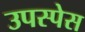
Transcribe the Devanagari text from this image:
उपस्पेस